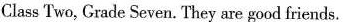
Class Two, Grade Seven. They are good friends.